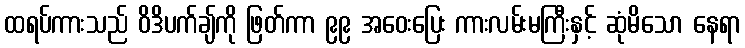
ထရပ်ကားသည် ဝိဒိပက်ချ်ကို ဖြတ်ကာ ၉၉ အဝေးပြေး ကားလမ်းမကြီးနှင့် ဆုံမိသော နေရာ